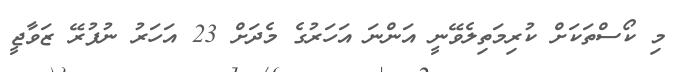
މި ކޯސްތަކަށް ކުރިމަތިލެވޭނީ އަންނަ އަހަރުގެ މެދަށް 23 އަހަރު ނުފުރޭ ޒަވާޖީ